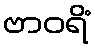
ဗာဝရိံ